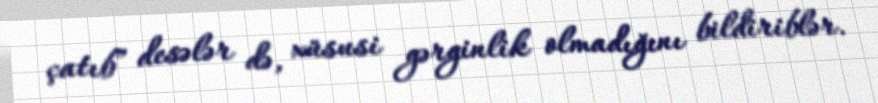
çatıb” desələr də, xüsusi gərginlik olmadığını bildiriblər.